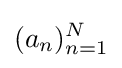
(a_{n})_{n=1}^{N}